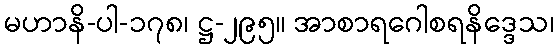
မဟာနိ-ပါ-၁၇၈၊ ဋ္ဌ-၂၉၅။ အာစာရဂေါစရနိဒ္ဒေသ၊